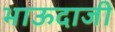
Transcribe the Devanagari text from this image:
भाऊदाजी